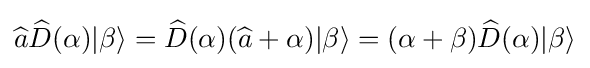
{\widehat {a}}{\widehat {D}}(\alpha )|\beta \rangle ={\widehat {D}}(\alpha )({\widehat {a}}+\alpha )|\beta \rangle =(\alpha +\beta ){\widehat {D}}(\alpha )|\beta \rangle